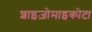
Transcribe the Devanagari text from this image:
शाइज़ोमाइकोटा